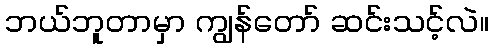
ဘယ်ဘူတာမှာ ကျွန်တော် ဆင်းသင့်လဲ။